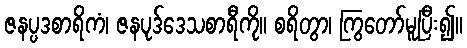
ဇနပ္ပဒစာရိကံ၊ ဇနပုဒ်ဒေသစာရီကို။ စရိတွာ၊ ကြွတော်မူပြီး၍။